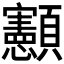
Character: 𮨥